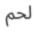
لحم